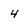
Character: 4